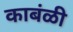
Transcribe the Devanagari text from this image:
काबंळी